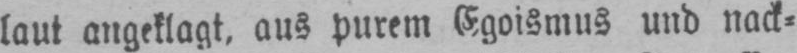
laut angeklagt, aus purem Egoismus und nack⸗